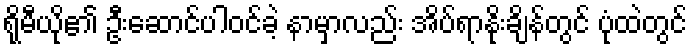
ရိုမီယို၏ ဦးဆောင်ပါဝင်ခဲ့ နာမှာလည်း အိပ်ရာနိုးချိန်တွင် ပုံထဲတွင်